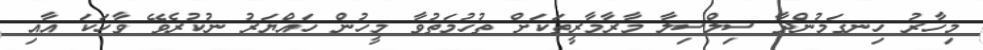
މިހާރު ހިނގަމުންދާ ސިލްސިލާ މާރާމާރީތަކަށް ތުހުމަތުވާ މީހުން ހައްޔަރު ނުކުރެވޭ ވާހަކަ އާއި